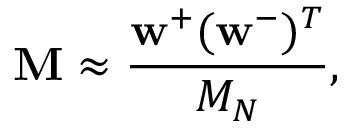
\mathbf { M } \approx \frac { \mathbf { w } ^ { + } ( \mathbf { w } ^ { - } ) ^ { T } } { M _ { N } } ,